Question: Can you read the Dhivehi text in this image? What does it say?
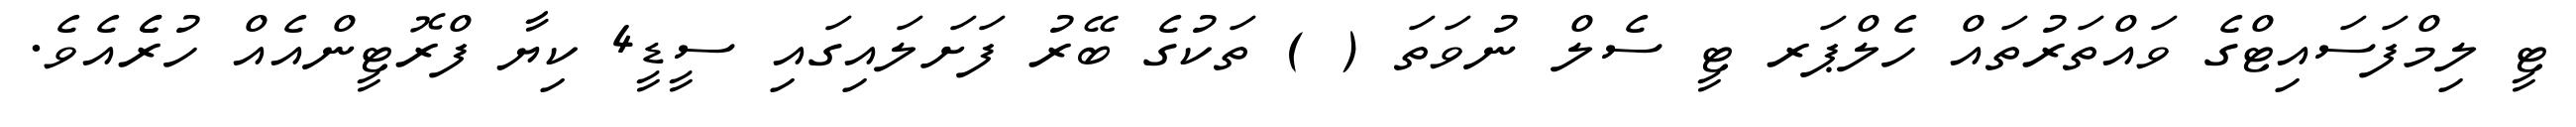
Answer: ޓީ ލިމްފަސައިޓްގެ ވައްތަރުތައް ހެލްޕަރ ޓީ ސެލް ނުވަތަ ( ) ތަކުގެ ބޭރު ފަށަލައިގައި ސީޑީ4 ކިޔާ ފްރޮޓީންއެއް ހުރެެއެވެ.